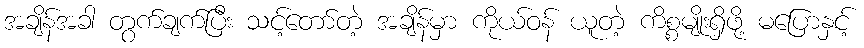
အချိန်အခါ တွက်ချက်ပြီး သင့်တော်တဲ့ အချိန်မှာ ကိုယ်ဝန် ယူတဲ့ ကိစ္စမျိုးရှိဖို့ မပြောနှင့်